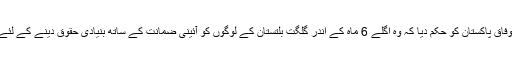
سپریم کورٹ نے اپنے فیصلے میں وفاق پاکستان کو حکم دیا کہ وہ اگلے 6 ماہ کے اندر گلگت بلتستان کے لوگوں کو آئینی ضمانت کے ساتھ بنیادی حقوق دینے کے لئے انتظامی اور قانونی اقدامات اٹھائے۔